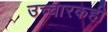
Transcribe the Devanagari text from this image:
उच्चारकही